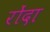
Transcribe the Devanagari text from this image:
रोंदा